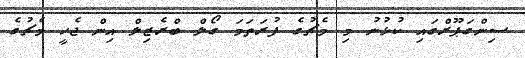
ސިންގަޕޫރްގައި ކުޅުނު މި މެޗުގެ ފުރަތަމަ ގޯލް ބްރެޒިލް އިން ޖެހީ މެޗުގެ